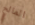
المالح